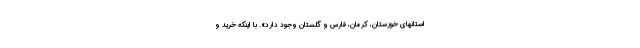
استانهای خوزستان، کرمان، فارس و گلستان وجود دارد». با اینکه خرید و